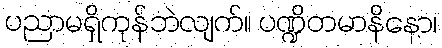
ပညာမရှိကုန်ဘဲလျက်။ ပဏ္ဍိတမာနိနော၊